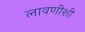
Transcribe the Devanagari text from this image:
लावणीशी